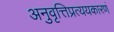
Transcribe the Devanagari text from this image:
अनुवृत्तिप्रत्ययकारणं